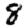
Digit: 8